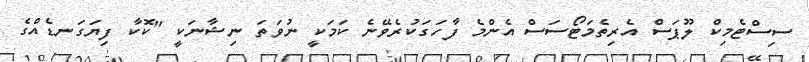
ސިސްޓެމިކް ލޫޕަސް އެރިތެމަޓޯސަސް އެންމެ ފާހަގަކުރެވޭނެ ކަމަކީ ނުވަތަ ނިޝާނަކީ "ކޮކާ ފިޔަގަނޑެއްގެ